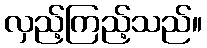
လှည့်ကြည့်သည်။